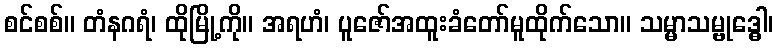
စင်စစ်။ တံနဂရံ၊ ထိုမြို့ကို။ အရဟံ၊ ပူဇော်အထူးခံတော်မူထိုက်သော။ သမ္မာသမ္ဗုဒ္ဓေါ၊